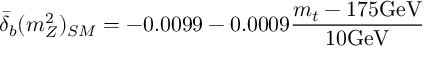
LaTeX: { \bar { \delta } } _ { b } ( m _ { Z } ^ { 2 } ) _ { S M } = - 0 . 0 0 9 9 - 0 . 0 0 0 9 { \frac { m _ { t } - 1 7 5 \mathrm { G e V } } { 1 0 \mathrm { G e V } } }